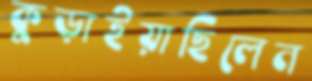
কুড়াইয়াছিলেন